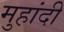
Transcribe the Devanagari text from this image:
मुहांदी